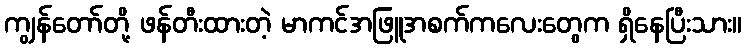
ကျွန်တော်တို့ ဖန်တီးထားတဲ့ မာကင်အဖြူအစက်ကလေးတွေက ရှိနေပြီးသား။